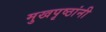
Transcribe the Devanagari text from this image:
मुखपृष्ठांनी